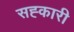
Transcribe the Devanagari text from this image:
सह्कारी